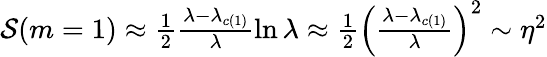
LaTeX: \begin{array}{r}{\mathcal{S}(m=1)\approx\frac{1}{2}\frac{{\lambda-{\lambda_{c(1)}}}}{\lambda}\ln\lambda\approx\frac{1}{2}{\left({\frac{{\lambda-{\lambda_{c(1)}}}}{\lambda}}\right)^{2}}\sim{\eta^{2}}}\end{array}